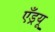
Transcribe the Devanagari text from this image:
एँड्रयू